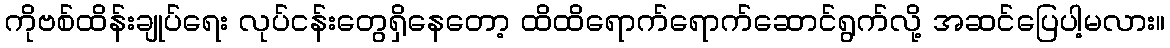
ကိုဗစ်ထိန်းချုပ်ရေး လုပ်ငန်းတွေရှိနေတော့ ထိထိရောက်ရောက်ဆောင်ရွက်လို့ အဆင်ပြေပါ့မလား။